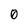
Character: 0